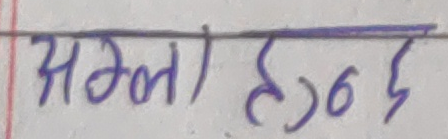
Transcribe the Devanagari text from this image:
सगला ह3०6६